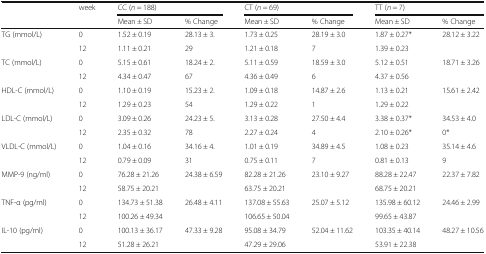
<table><thead><tr><td rowspan="2"></td><td rowspan="2"><b>week</b></td><td colspan="2"><b>CC (<i>n</i> = 188)</b></td><td colspan="2"><b>CT (<i>n</i> = 69)</b></td><td colspan="2"><b>TT (<i>n</i> = 7)</b></td></tr><tr><td><b>Mean ± SD</b></td><td><b>% Change</b></td><td><b>Mean ± SD</b></td><td><b>% Change</b></td><td><b>Mean ± SD</b></td><td><b>% Change</b></td></tr></thead><tbody><tr><td rowspan="2">TG (mmol/L)</td><td>0</td><td>1.52 ± 0.19</td><td>28.13 ± 3.</td><td>1.73 ± 0.25</td><td>28.19 ± 3.0</td><td>1.87 ± 0.27*</td><td>28.12 ± 3.22</td></tr><tr><td>12</td><td>1.11 ± 0.21</td><td>29</td><td>1.21 ± 0.18</td><td>7</td><td>1.39 ± 0.23</td><td></td></tr><tr><td rowspan="2">TC (mmol/L)</td><td>0</td><td>5.15 ± 0.61</td><td>18.24 ± 2.</td><td>5.11 ± 0.59</td><td>18.59 ± 3.0</td><td>5.12 ± 0.51</td><td>18.71 ± 3.26</td></tr><tr><td>12</td><td>4.34 ± 0.47</td><td>67</td><td>4.36 ± 0.49</td><td>6</td><td>4.37 ± 0.56</td><td></td></tr><tr><td rowspan="2">HDL-C (mmol/L)</td><td>0</td><td>1.10 ± 0.19</td><td>15.23 ± 2.</td><td>1.09 ± 0.18</td><td>14.87 ± 2.6</td><td>1.13 ± 0.21</td><td rowspan="2">15.61 ± 2.42</td></tr><tr><td>12</td><td>1.29 ± 0.23</td><td>54</td><td>1.29 ± 0.22</td><td>1</td><td>1.29 ± 0.22</td></tr><tr><td rowspan="2">LDL-C (mmol/L)</td><td>0</td><td>3.09 ± 0.26</td><td>24.23 ± 5.</td><td>3.13 ± 0.28</td><td>27.50 ± 4.4</td><td>3.38 ± 0.37*</td><td>34.53 ± 4.0</td></tr><tr><td>12</td><td>2.35 ± 0.32</td><td>78</td><td>2.27 ± 0.24</td><td>4</td><td>2.10 ± 0.26*</td><td>0*</td></tr><tr><td rowspan="2">VLDL-C (mmol/L)</td><td>0</td><td>1.04 ± 0.16</td><td>34.16 ± 4.</td><td>1.01 ± 0.19</td><td>34.89 ± 4.5</td><td>1.08 ± 0.23</td><td>35.14 ± 4.6</td></tr><tr><td>12</td><td>0.79 ± 0.09</td><td>31</td><td>0.75 ± 0.11</td><td>7</td><td>0.81 ± 0.13</td><td>9</td></tr><tr><td rowspan="2">MMP-9 (ng/ml)</td><td>0</td><td>76.28 ± 21.26</td><td>24.38 ± 6.59</td><td>82.28 ± 21.26</td><td>23.10 ± 9.27</td><td>88.28 ± 22.47</td><td>22.37 ± 7.82</td></tr><tr><td>12</td><td>58.75 ± 20.21</td><td></td><td>63.75 ± 20.21</td><td></td><td>68.75 ± 20.21</td><td></td></tr><tr><td rowspan="2">TNF-α (pg/ml)</td><td>0</td><td>134.73 ± 51.38</td><td>26.48 ± 4.11</td><td>137.08 ± 55.63</td><td>25.07 ± 5.12</td><td>135.98 ± 60.12</td><td>24.46 ± 2.99</td></tr><tr><td>12</td><td>100.26 ± 49.34</td><td></td><td>106.65 ± 50.04</td><td></td><td>99.65 ± 43.87</td><td></td></tr><tr><td rowspan="2">IL-10 (pg/ml)</td><td>0</td><td>100.13 ± 36.17</td><td>47.33 ± 9.28</td><td>95.08 ± 34.79</td><td>52.04 ± 11.62</td><td>103.35 ± 40.14</td><td>48.27 ± 10.56</td></tr><tr><td>12</td><td>51.28 ± 26.21</td><td></td><td>47.29 ± 29.06</td><td></td><td>53.91 ± 22.38</td><td></td></tr></tbody></table>